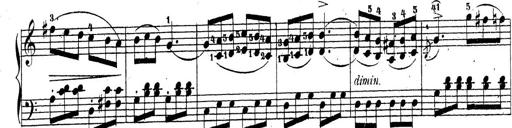
Title: 4 Sonatinas
Composer: Jacob Schmitt